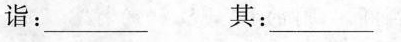
诣：_____ 其：____